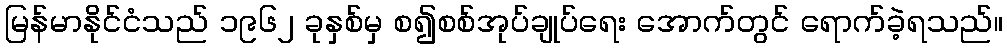
မြန်မာနိုင်ငံသည် ၁၉၆၂ ခုနှစ်မှ စ၍စစ်အုပ်ချုပ်ရေး အောက်တွင် ရောက်ခဲ့ရသည်။